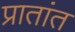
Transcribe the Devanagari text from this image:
प्रातांत